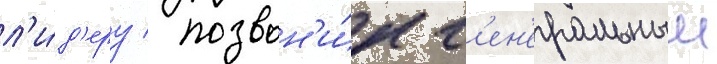
л'и́д'еру / позвон'и́л г'ен'еральныи